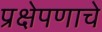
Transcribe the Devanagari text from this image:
प्रक्षेपणाचे